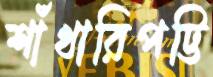
শাঁখারিপট্টি